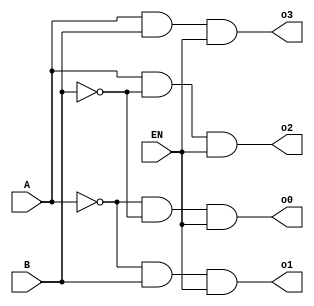
module decoder24_aha(o0, o1, o2, o3, A, B, EN);
	input A, B, EN;
	output o0, o1, o2, o3;
	
	assign o0 = (~A) & (~B) & EN;
	assign o1 = (~A) & (B) & EN;
	assign o2 = (A) & (~B) & EN;
	assign o3 = (A) & (B) & EN;
	
endmodule